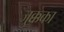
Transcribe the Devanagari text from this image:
जुक्कका